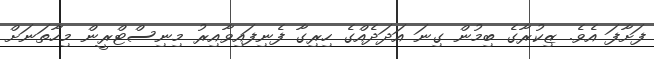
ފަށާފަ އެވެ. ޒިކުރާގެ ބިމުން ގިނަ އަދަދެއްގެ ހިރިގާ ފެނިފައިވާއިރު މިނިސްޓްރީން މިހާތަނަށް